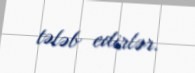
tələb edirlər.